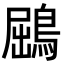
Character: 鶌